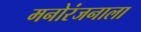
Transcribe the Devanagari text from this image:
मनोरंजनाला